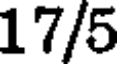
17/5